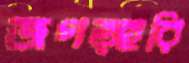
জগত্হরি